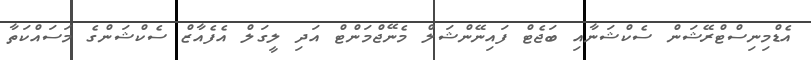
އެޑްމިނިސްޓްރޭޝަން ސެކްޝަނާއި ބަޖެޓް ފައިނޭންޝަލް މެނޭޖްމަންޓް އަދި ލީގަލް އެފެއާޒް ސެކްޝަންގެ މަސައްކަތާ